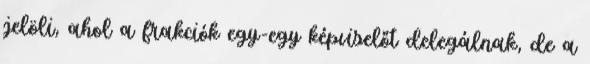
jelöli, ahol a frakciók egy-egy képviselőt delegálnak, de a